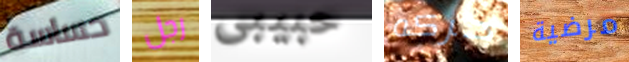
حساسة رجل حبيبى حركه مرضية